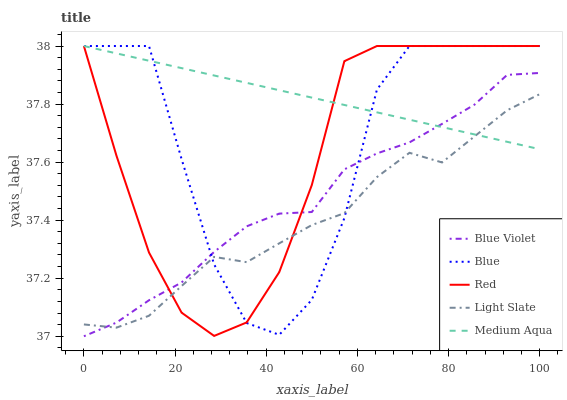
| xaxis_label | Blue Violet | Blue | Red | Light Slate | Medium Aqua |
 | --- | --- | --- | --- | --- | --- |
 | 0 | 37 | 38 | 38 | 37 | 38 |
 | 7.14 | 37 | 38 | 37.6 | 37 | 38 |
 | 14.3 | 37.1 | 38 | 37.3 | 37.1 | 37.9 |
 | 21.4 | 37.2 | 37.6 | 37.1 | 37.2 | 37.9 |
 | 28.6 | 37.3 | 37.2 | 37 | 37.3 | 37.9 |
 | 35.7 | 37.4 | 37 | 37 | 37.3 | 37.9 |
 | 42.9 | 37.4 | 37 | 37.2 | 37.3 | 37.8 |
 | 50 | 37.4 | 37.1 | 37.5 | 37.4 | 37.8 |
 | 57.1 | 37.6 | 37.4 | 37.9 | 37.4 | 37.8 |
 | 64.3 | 37.6 | 37.8 | 38 | 37.5 | 37.8 |
 | 71.4 | 37.7 | 38 | 38 | 37.6 | 37.7 |
 | 78.6 | 37.7 | 38 | 38 | 37.6 | 37.7 |
 | 85.7 | 37.8 | 38 | 38 | 37.7 | 37.7 |
 | 92.9 | 37.9 | 38 | 38 | 37.8 | 37.7 |
 | 100 | 37.9 | 38 | 38 | 37.8 | 37.6 |